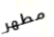
مطهر